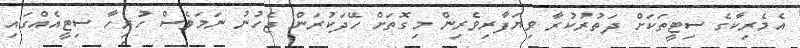
އެމެރިކާގެ ސިޓީތަކަށް ދަތުރުކުރާ ވިޔަފާރިވެރިން މިގޮތަށް ހޭދަކުރަން ޖެހުނު ނަމަވެސް ހުރިހާ ސިޓީއެއްގައި